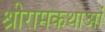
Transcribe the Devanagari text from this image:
श्रीरामकथाओं